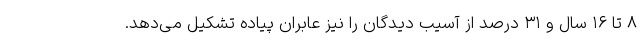
۸ تا ۱۶ سال و ۳۱ درصد از آسیب دیدگان را نیز عابران پیاده تشکیل می‌دهد.